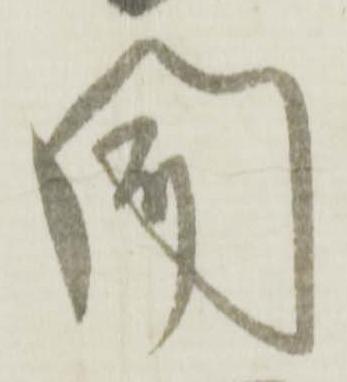
聞